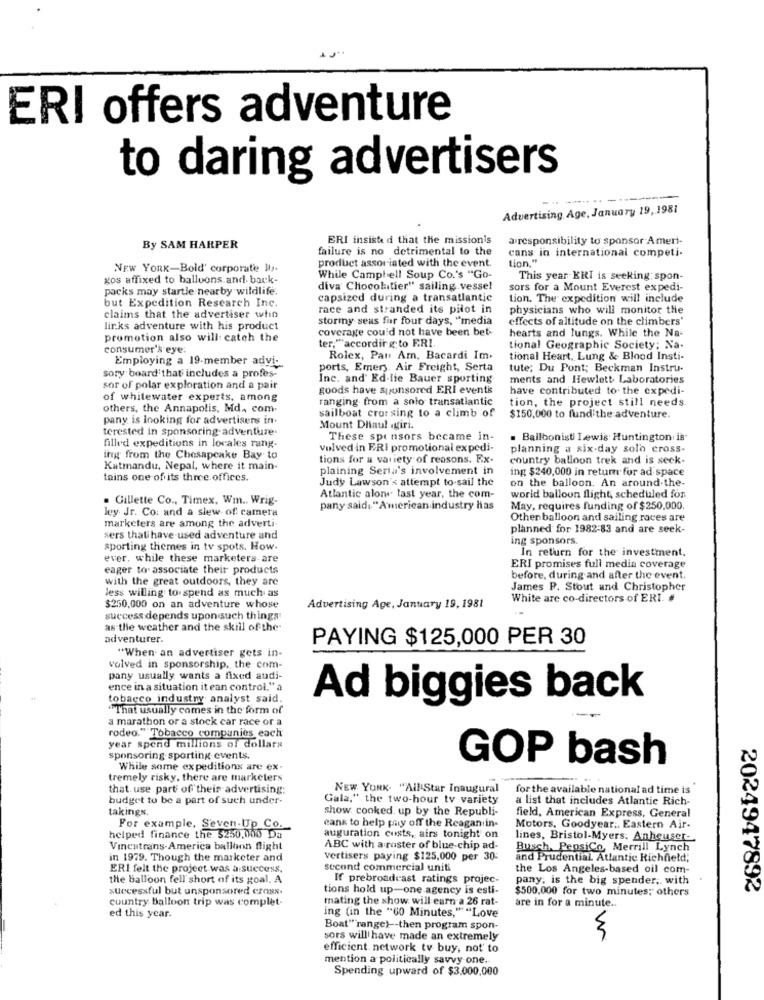
ERI offers adventure
to daring advertisers
--------
Advertising Age, January 19, 1981
ERI insisted that the missionis
a responsibility to sponsor Ameri-
By SAM HARPER
failure is no detrimental to the
cans in international competi-
product assor iated with the event.
tion."
NEW YORK-Bold' corporate lb.
gos affixed to balloons and back-
While Camphell Soup Co.'s "Go-
This year KRI is seeking: spon-
packs may startle nearby wildlife.
diva Chocolatier" sailing vessel
sors for a Mount Everest expedi-
but Expedition Research Inc.
capsized during a transatlantic
tion. The expedition will include
race and stranded its pilot in
physicians who will monitor the
claims that the advertiser who
stormy seus for four days, "media
effects of altitude on the climbers'
lir.ks adventure with his product
coverage could not have been bet-
hearts and lungs. While the Na-
promotion also will catch the
ter."""accordir g to ERI.
consumer's eye:
tional Geographic Society; Na.
Rolex, Pan Am, Bacardi Im.
tional Heart, Lung & Blood Insti-
Employing a 19-member adyi-
ports, Emery. Air Freight, Serta
tute; Du Pont; Beckman Instru-
sory board'that includes a profes-
Inc. and' Ed-lie Bauer sporting
ments and Hewlett Laboratories
sor of polar exploration and a pair
goods have sponsored ERI events
have contributed to- the expedi-
of whitewater experts, among
ranging from a solo transatlantic
tion, the project still needs.
others, the Annapolis, Md ., com-
sailboat crossing to a climb of
pany is looking for advertisers in-
$150,000 to fund the adventure.
terested in sponsoring adventure.
Mount Dliaul agiri.
These sponsors became in-
. Bailbonist Lewis Huntington is
filled expeditions in locales rang-
volved in ERI promotional expedi-
planning a six-day solo cross-
ing from the Chesapeake Bay to
tions for a variety of reasons. Rx-
country balloon trek and is seck.
Katmandu, Nepal, where it main-
plaining Serta's involvement in
ing $240,000 in return fur ad space
tains one of its three offices.
Judy Lawson's attempt to sail the
on the balloon. An around-the-
. Gillette Co ., Timex, Wm .. Wrig-
Atlantic alone last year, the com-
world balloon flight, scheduled for
ley. Jr. Co. and a slew of camera
pany said: " American industry has
May, requires funding of $250,000.
Other balloon and sailing races are
marketers are among the adverti-
planned for 1982-83 and are seek-
sers thati have used adventure and
ing sponsors.
sporting themes in tv spots. How.
In return for the investment,
ever, while these marketers-are
eager to associate their products
ERI promises full media coverage
with the great outdoors, they are
before, during and after the event.
less willing to spend as much as
James P. Stout and Christopher
White are co-directors of ERI. #
$250,000 on an adventure whose
Advertising Age, January 19, 1981
success depends upon such things
as the weather and the skill of the
adventurer.
PAYING $125,000 PER 30
"When an advertiser gets in-
volved in sponsorship, the com-
pany usually wants a fixed audi-
ence in a situation it can control." a
tobacco industry analyst said.
Ad biggies back
That usually comes in the form of
a marathon or a stock car race or a
rodeo." Tobacco companies each
year spend millions of dollars
sponsoring-sporting events.
GOP bash
While some expeditions are ex
tremely risky, there are marketers
that use part of their advertising:
NEW YORK. "All Star Inaugural
for the available national ad time is
budget to be a part of such under-
Gala," the two-hour tv variety
a list that includes Atlantic Rich-
takings.
show cooked up by the Republi-
field, American Express, General
helped finance the $250.000 Da
For example, Seven-Up Co.
eank to help pay off the Reagan in-
Motors, Goodyear .. Eastern Air-
auguration custs, airs tonight' on
lines, Bristol-Myers. Anheuser-
Vineutrans-America balloon flight
ABC with a roster of blue-chip ad-
Busch, PepsiCo, Merrill Lynch
in 1979. Though the marketer and
vertisers paying $125,000 per 30-
and Prudential Atlantic Richfield;
ERI felt the project was a success.
second commercial uniti
the Los Angeles-based oil com-
the balloon fell short of its goal. A
If prebroadcast ratings projec-
pany, is the big spender ,. with
successful but unsponsored cross.
tions hold up-one agency is esti-
$500,000 for two minutes; others
2024947892
country balloon trip was complet
mating the show will earn a 26 rat-
are in for a minute ..
ed this year.
ing (in the "60 Minutes,""Love
Boat" range) -- then program spon-
sors will have made an extremely
efficient network tv buy, not' to
mention a politically savvy one.
Spending upward of $3.000,000